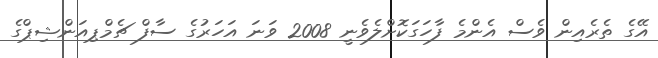
އޭގެ ތެރެއިން ވެސް އެންމެ ފާހަގަކޮށްލެވެނީ 2008 ވަނަ އަހަރުގެ ސާފް ޗެމްޕިއަންޝިޕްގެ